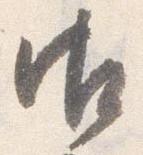
御